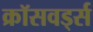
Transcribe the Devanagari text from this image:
क्रॉसवर्ड्स